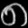
Digit: ၈